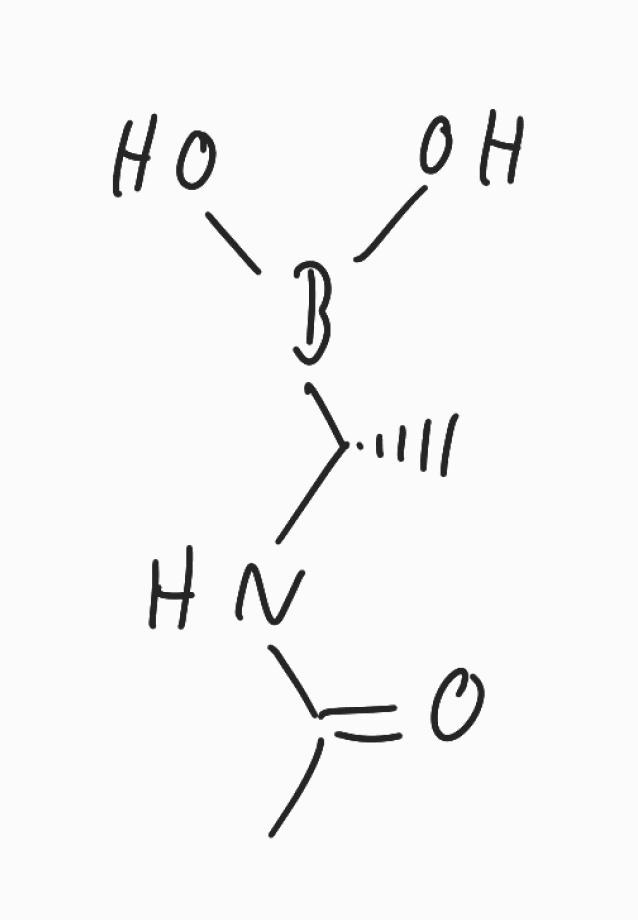
Simplified molecular-input line-entry system (SMILES) notation of the given molecule:
B([C@H](C)NC(=O)C)(O)O